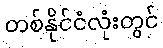
တစ်နိုင်ငံလုံးတွင်